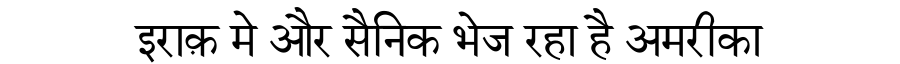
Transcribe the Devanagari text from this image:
इराक़ मे और सैनिक भेज रहा है अमरीका